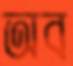
অব